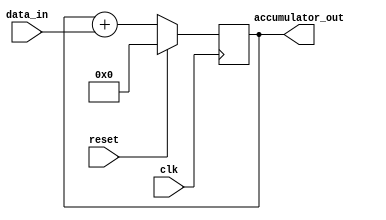
module accumulator (
    input wire clk,
    input wire reset,
    input wire [7:0] data_in,
    output reg [15:0] accumulator_out
);

reg [15:0] accumulator;

always @(posedge clk) begin
    if (reset) begin
        accumulator <= 16'h0000;
    end else begin
        accumulator <= accumulator + data_in;
    end
end

assign accumulator_out = accumulator;

endmodule